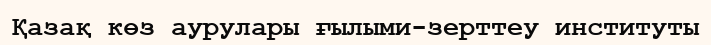
Қазақ көз аурулары ғылыми-зерттеу институты